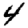
Digit: 4